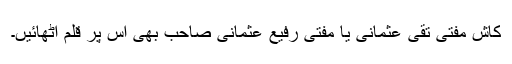
کاش مفتی تقی عثمانی یا مفتی رفیع عثمانی صاحب بھی اس پر قلم اٹھائیں۔